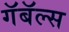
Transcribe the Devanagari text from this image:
गॅबॅल्स